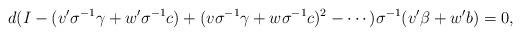
LaTeX: \begin{align*}d(I-(v'\sigma^{-1}\gamma+w'\sigma^{-1}c)+(v\sigma^{-1}\gamma+w\sigma^{-1}c)^2-\cdots)\sigma^{-1}(v'\beta+w'b)=0,\end{align*}